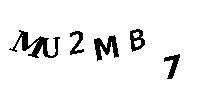
MU2MB7